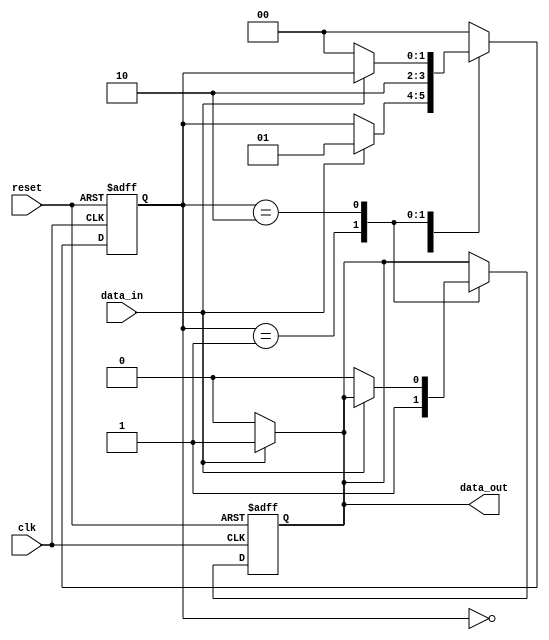
module event_control (
    input wire clk,          // Clock signal
    input wire reset,        // Reset signal
    input wire data_in,      // Input data signal
    output reg data_out      // Output data signal
);

    // Internal signal to hold the state
    reg [1:0] state;

    // Initial block to set the initial state
    initial begin
        state = 2'b00;
        data_out = 1'b0;
    end

    // Always block to handle clock events
    always @(posedge clk or posedge reset) begin
        if (reset) begin
            state <= 2'b00;  // Reset state
            data_out <= 1'b0; // Reset output
        end else begin
            // Transition state based on data_in
            case (state)
                2'b00: begin
                    if (data_in) begin
                        state <= 2'b01; // Move to state 01
                    end
                end
                2'b01: begin
                    // Perform some action
                    data_out <= 1'b1; // Set output high
                    state <= 2'b10;    // Move to state 10
                end
                2'b10: begin
                    // Wait for data_in to go low
                    if (!data_in) begin
                        state <= 2'b00; // Move back to state 00
                        data_out <= 1'b0; // Reset output
                    end
                end
                default: state <= 2'b00; // Default case
            endcase
        end
    end

    // Event-driven block to respond to data_in changes
    always @(data_in) begin
        // Handle the event when data_in changes
        if (data_in) begin
            // Perform some action when data_in is high
            data_out <= 1'b1; // Set output high
        end else begin
            // Perform some action when data_in is low
            data_out <= 1'b0; // Set output low
        end
    end

endmodule